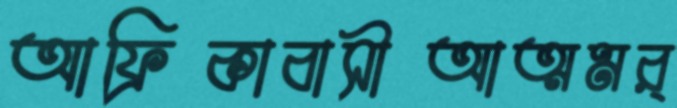
আফ্রিকাবাসীআত্মমর্